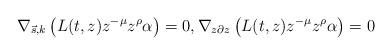
LaTeX: \begin{align*} \nabla_{\vec s,k}\left(L(t,z)z^{-\mu}z^{\rho}\alpha\right)=0, \nabla_{z\partial z}\left(L(t,z)z^{-\mu}z^{\rho}\alpha\right)=0\end{align*}